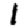
Digit: 1